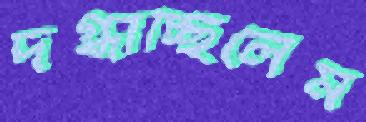
দগ্ধাচ্ছিলেম